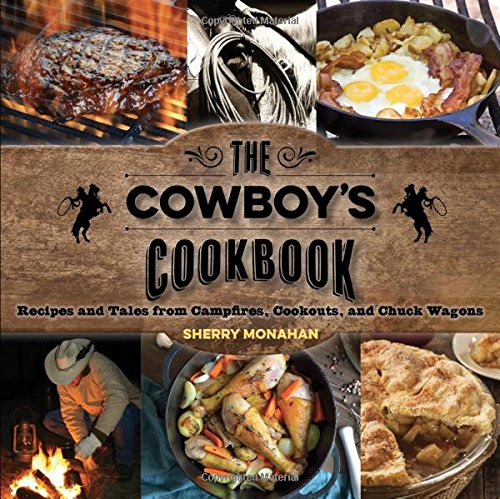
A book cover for The Cowboy's Cookbook: Recipes and Tales from Campfires, Cookouts, and Chuck Wagons; Sherry Monahan; Cookbooks, Food & Wine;